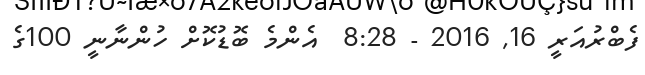
ފެބްރުއަރީ 16